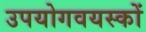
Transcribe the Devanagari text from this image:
उपयोगवयस्कों